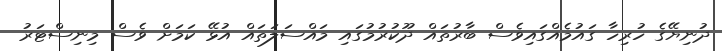
ދުނިޔޭގެ ހުރިހާ ގައުމެއްގައިވެސް ބާރުތައް ދޫކުރުމުގައި މައްސަލަތައް އުޅޭ ކަމަށް ވެސް މިނިސްޓަރު